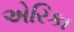
એરિકા